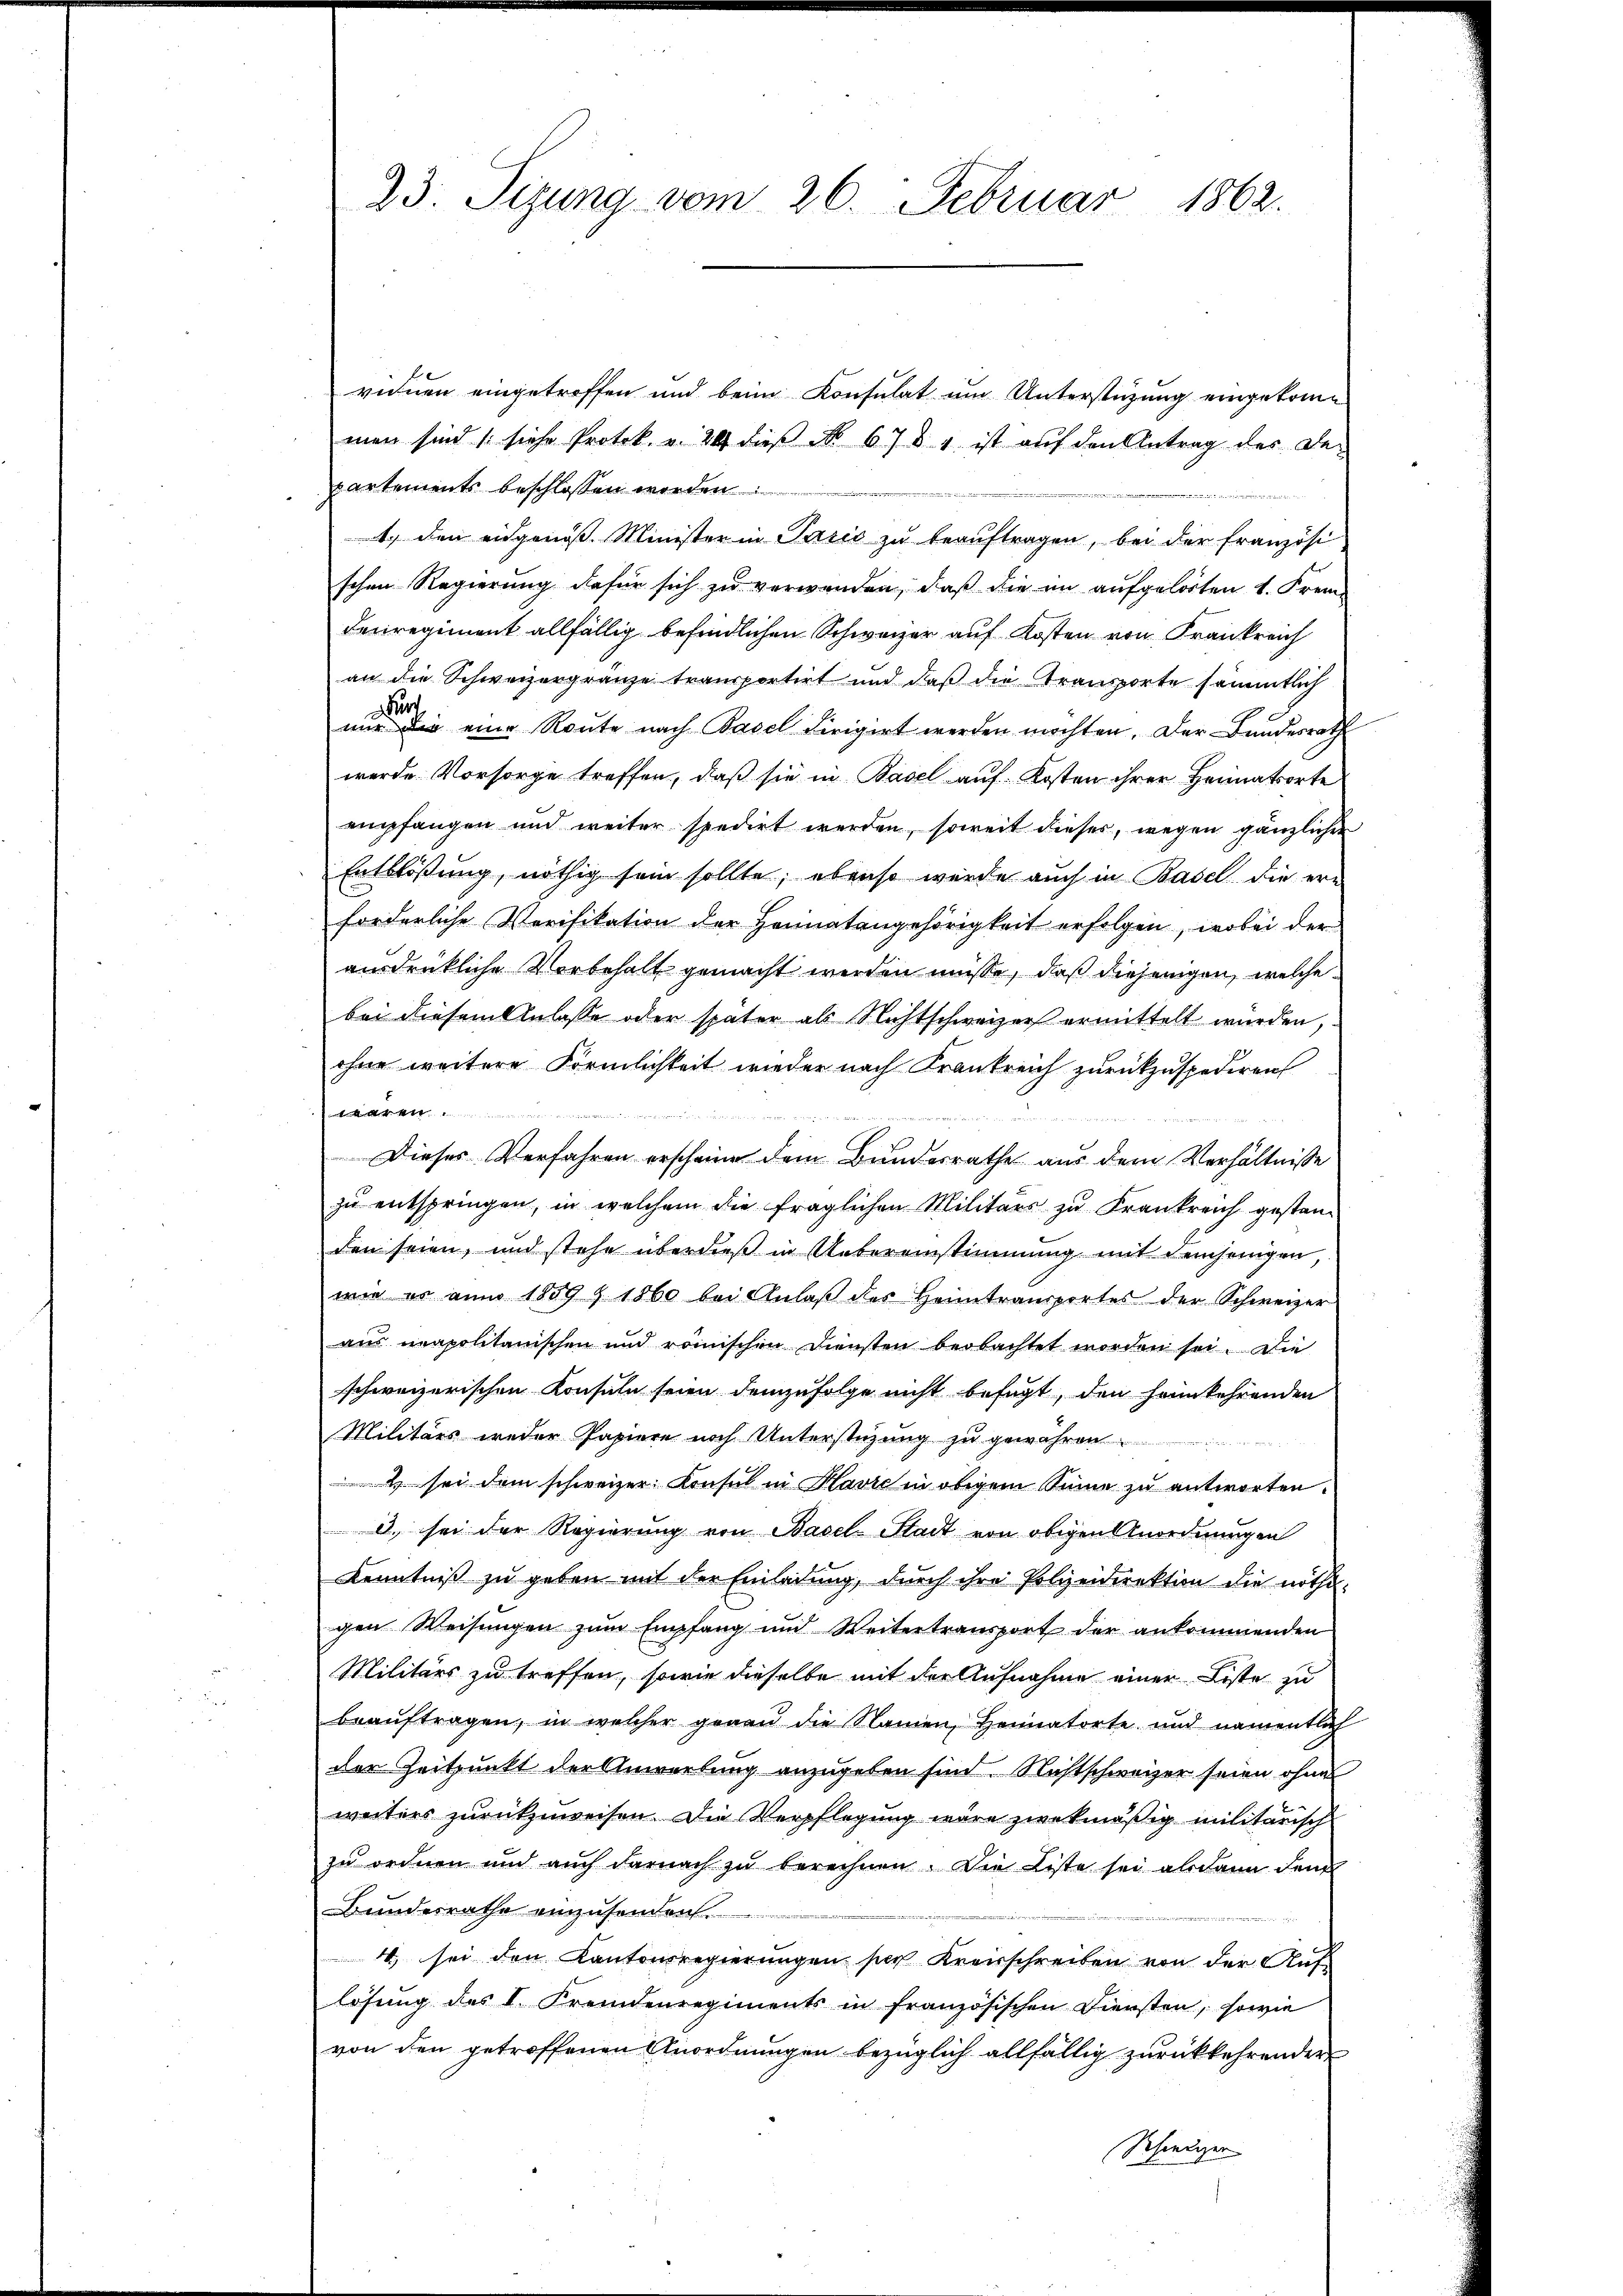
vienen eingetroffen und beim Konsulat um Unterstüzung eingekommen sind (siehe Protok. v. 24 dieβ No. 678 u. ist auf den Antrag des De-
partements beschlossen worden
1. den eidgenöß. Minister in Pašić zu beauftragen, bei der Französi-
schen Regierung dafür sich zu verwenden, daß die in aufgelösten 1. Frem¬
Feiregiment allfällig befindlichen Schweizer auf Kosten von Frankreich
an die Schweizergränze transportirt und daß die Transporte sämmtlich
r
nur die eine Route nach Basel dirigirt werden möchten. Der Bundesrath
werde Vorsorge treffen, daß sie in Basel auf Kosten ihrer Heimatsorte
empfangen und weiter spedirt werden, soweit dieser, wegen gänzlichen
Entblösung, nöthig sein sollte; ebenso wurde auch in Basel die erforderliche Verifikation der Heimatangehörigkeit erfolgen, wobei der
ausdrükliche Vorbehalt gemacht werden müsse, daß diejenigen, welche
bei diesem Anlasse oder später als Nichtschweizer ermittelt wurden,
ohne weitere Förmlichkeit wieder nach Krankreich zurückzuspediren
A
Dieses Verfahren erscheine dem Bundesrathe aus dem Verhältnisse
zu entspringen, in welchem die fraglichen Militärs zu Frankreich gestanden seien, und stehe überdieß in Uebereinstimmung mit demjenigen,
wie er am 1859 § 1860 bei Anlaβ des Heimtransportes der Schweizer
aus neapolitanischen und römischen Diensten beobachtet worden sei. Die
schweizerischen Konsuln seien demzufolge nicht befugt, den heimkehrenden
Militärs weder Papiere noch Unterstüzung zu gewähren
4 sei dem schweizer Konsul in Havre in obigem Sinne zu antworten.
d. sei der Regierung von Basel-Stadt von obigen Anordnungen
Kenntniß zu geben mit der Einladung, durch ihre Polizeidirektion die nöthigen Weisungen zum Empfang und Weitertransport der ankommenden
Militärs zu treffen, sowie dieselbe mit der Aufnahme einer Liste zu
beauftragen, in welcher genau die Namen, Heimatorte und namentlich
der Zeitpunkt der Anwerbung anzugeben sind. Nichtschweizer seien ohnes
weiters zurückzuweisen. Die Verpflegung wäre zwekmäßig militärisch
zu ordnen und auch darnach zŭ berechnen. Die Liste sei alsdann den
Bundesrathe einzusenden.
4. sei den Kantonsregierungen ser Kreisschreiben von der Auflösung des I. Fremdenregiments in französischen Diensten, sowie
von den getroffenen Anordnungen bezüglich allfällig zurückkehrender
Schiediger

23. Sitzung vom 26. Februar 1862.